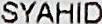
SYAHID